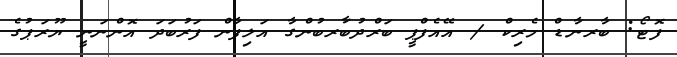
ފޮޓޯ: ބާރނާޑް މެރިކް / އޭއެފްޕީ ބަރްދުބާރބުންގާ އަލިފާން ފަރުބަދަ އޮންނަނީ ޔޫރަޕުގެ